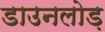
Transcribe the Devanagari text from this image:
डाउनलोड़